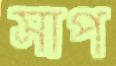
সাপ